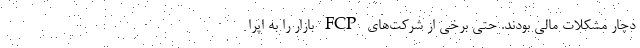
دچار مشکلات مالی بودند. حتی برخی از شرکت‌های FCP بازار را به اپرا